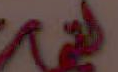
القيمة